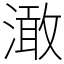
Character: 澉